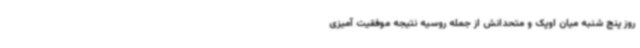
روز پنج شنبه میان اوپک و متحدانش از جمله روسیه نتیجه موفقیت آمیزی